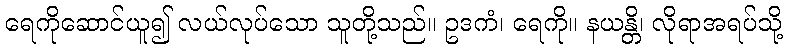
ရေကိုဆောင်ယူ၍ လယ်လုပ်သော သူတို့သည်။ ဥဒကံ၊ ရေကို။ နယန္တိ၊ လိုရာအရပ်သို့